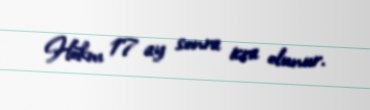
Hökm 17 ay sonra icra olunur.